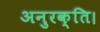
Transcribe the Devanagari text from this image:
अनुरक्ति।